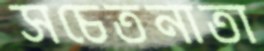
সচেতনাতা